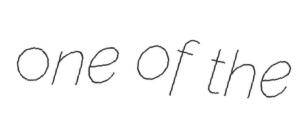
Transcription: one of the